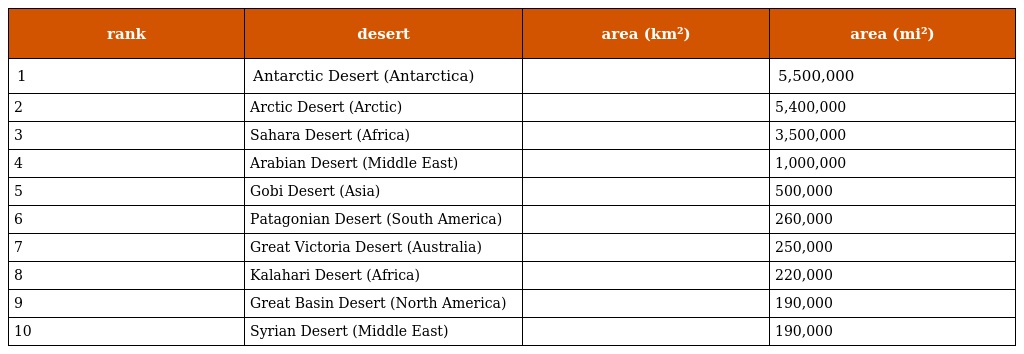
| rank | desert | area (km²) | area (mi²) |
 | --- | --- | --- | --- |
 | 1 | Antarctic Desert (Antarctica) |  | 5,500,000 |
 | 2 | Arctic Desert (Arctic) |  | 5,400,000 |
 | 3 | Sahara Desert (Africa) |  | 3,500,000 |
 | 4 | Arabian Desert (Middle East) |  | 1,000,000 |
 | 5 | Gobi Desert (Asia) |  | 500,000 |
 | 6 | Patagonian Desert (South America) |  | 260,000 |
 | 7 | Great Victoria Desert (Australia) |  | 250,000 |
 | 8 | Kalahari Desert (Africa) |  | 220,000 |
 | 9 | Great Basin Desert (North America) |  | 190,000 |
 | 10 | Syrian Desert (Middle East) |  | 190,000 |